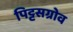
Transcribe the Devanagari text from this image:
पिट्टसग्रोव